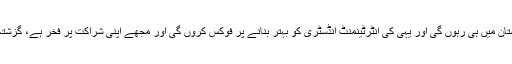
اداکارہ کا مزید کہنا تھا کہ ’میں نے بہت پہلے ہی یہ فیصلہ کرلیا تھا کہ میں پاکستان میں ہی رہوں گی اور یہی کی انٹرٹینمنٹ انڈسٹری کو بہتر بنانے پر فوکس کروں گی اور مجھے اپنی شراکت پر فخر ہے، گزشتہ 5 سالوں میں، میں پاکستان کی کئی کامیاب اور بہترین فلموں کا حصہ بنی ہوں‘۔